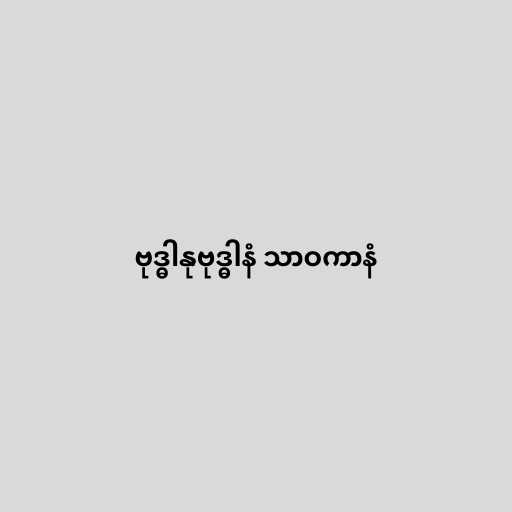
ဗုဒ္ဓါနုဗုဒ္ဓါနံ သာဝကာနံ